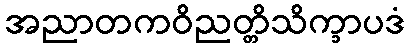
အညာတကဝိညတ္တိသိက္ခာပဒံ